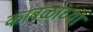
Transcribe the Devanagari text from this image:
कांबळांच्या